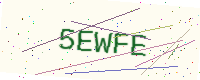
Text: 5EWFE